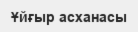
Ұйғыр асханасы